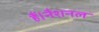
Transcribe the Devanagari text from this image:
हैं।नैशनल